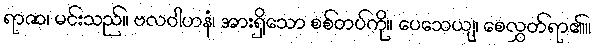
ရာဇာ၊ မင်းသည်။ ဗလဝါဟနံ၊ အားရှိသော စစ်တပ်ကို။ ပေသေယျ၊ စေလွှတ်ရာ၏။